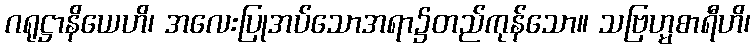
ဂရုဋ္ဌာနိယေဟိ၊ အလေးပြုအပ်သောအရာ၌တည်ကုန်သော။ သဗြဟ္မစာရီဟိ၊